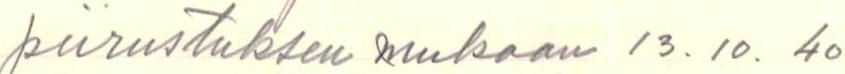
piirustuksen mukaan 13. 10. 40